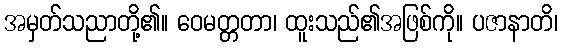
အမှတ်သညာတို့၏။ ဝေမတ္တတာ၊ ထူးသည်၏အဖြစ်ကို။ ပဇာနာတိ၊